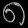
Digit: ၈